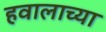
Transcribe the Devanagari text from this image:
हवालाच्या